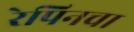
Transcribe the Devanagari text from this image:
रेपिनचा